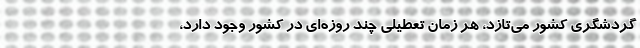
گردشگری کشور می‌تازد، هر زمان تعطیلی چند روزه‌ای در کشور وجود دارد،